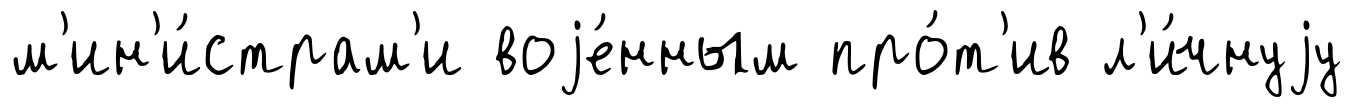
м'ин'и́страм'и воjе́нным про́т'ив л'и́чнуjу